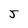
Character: 5